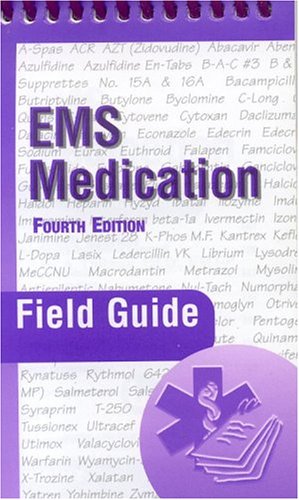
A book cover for EMS Medication Field Guide; Peter A. Dillman; Medical Books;